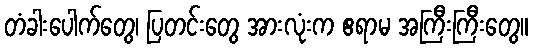
တံခါးပေါက်တွေ၊ ပြတင်းတွေ အားလုံးက ဧရာမ အကြီးကြီးတွေ။